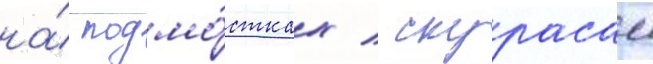
на́ подмо́стках / скурасам